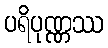
ပရိပုဏ္ဏဿ